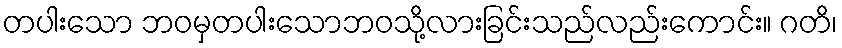
တပါးသော ဘဝမှတပါးသောဘဝသို့လားခြင်းသည်လည်းကောင်း။ ဂတိ၊